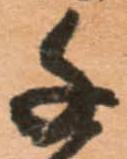
千